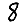
Digit: 8